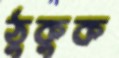
ঠুকুক